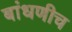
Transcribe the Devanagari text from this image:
बांधणीच